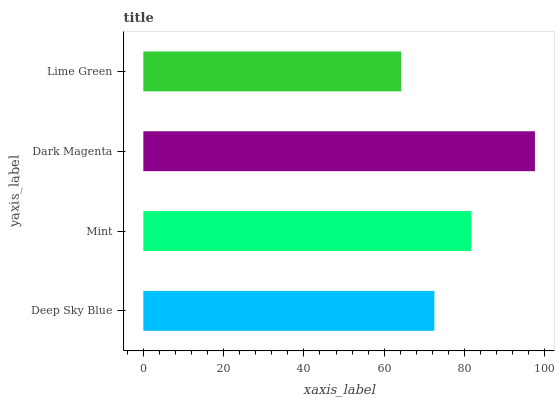
| yaxis_label | bars |
 | --- | --- |
 | Deep Sky Blue | 72.5 |
 | Mint | 81.7 |
 | Dark Magenta | 97.5 |
 | Lime Green | 64.2 |